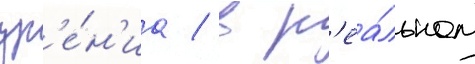
зр'е́н'иа / в р'еа́льном